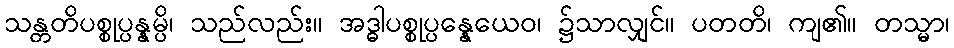
သန္တတိပစ္စုပ္ပန္နမ္ပိ၊ သည်လည်း။ အဒ္ဓါပစ္စုပ္ပန္နေယေဝ၊ ၌သာလျှင်။ ပတတိ၊ ကျ၏။ တသ္မာ၊